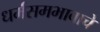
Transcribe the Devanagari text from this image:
धर्मसमभावाचे